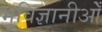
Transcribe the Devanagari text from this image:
भूविज्ञानीओँ